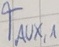
Text: TAUX,1